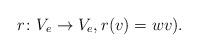
LaTeX: \begin{align*} r\colon V_e \to V_e, r(v) = w v).\end{align*}